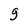
Character: g